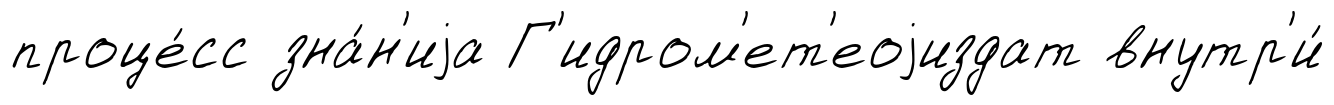
проце́сс зна́н'иjа Г'идром'ет'еоjиздат внутр'и́